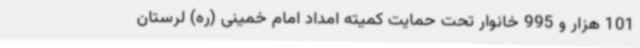
101 هزار و 995 خانوار تحت حمایت کمیته امداد امام خمینی (ره) لرستان